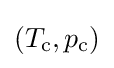
(T_{\text{c}},p_{\text{c}})